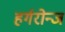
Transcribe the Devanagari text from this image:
हर्गरोन्ज